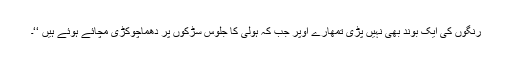
رنگوں کی ایک بوند بھی نہیں پڑی تمھارے اوپر جب کہ ہولی کا جلوس سڑکوں پر دھماچوکڑی مچائے ہوئے ہیں ‘‘۔